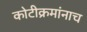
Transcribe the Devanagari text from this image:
कोटीक्रमांनाच